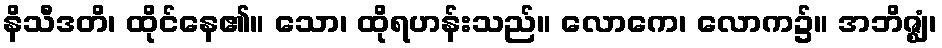
နိသီဒတိ၊ ထိုင်နေ၏။ သော၊ ထိုရဟန်းသည်။ လောကေ၊ လောက၌။ အဘိဇ္ဈံ၊